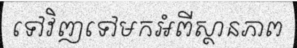
ទៅវិញទៅមកអំពីស្ថានភាព